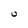
Character: U